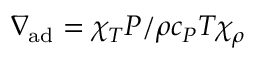
\nabla _ { \mathrm { a d } } = \chi _ { T } P / \rho c _ { P } T \chi _ { \rho }